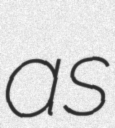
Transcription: as